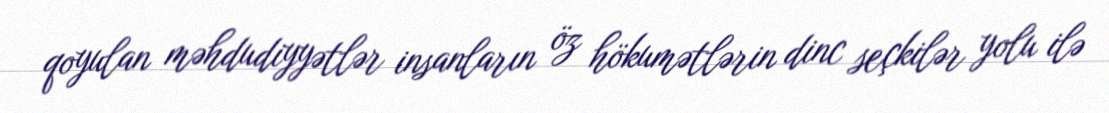
qoyulan məhdudiyyətlər insanların öz hökumətlərin dinc seçkilər yolu ilə